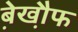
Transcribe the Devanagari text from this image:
बे़खौ़फ